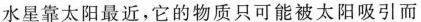
水星靠太阳最近，它的物质只可能被太阳吸引而